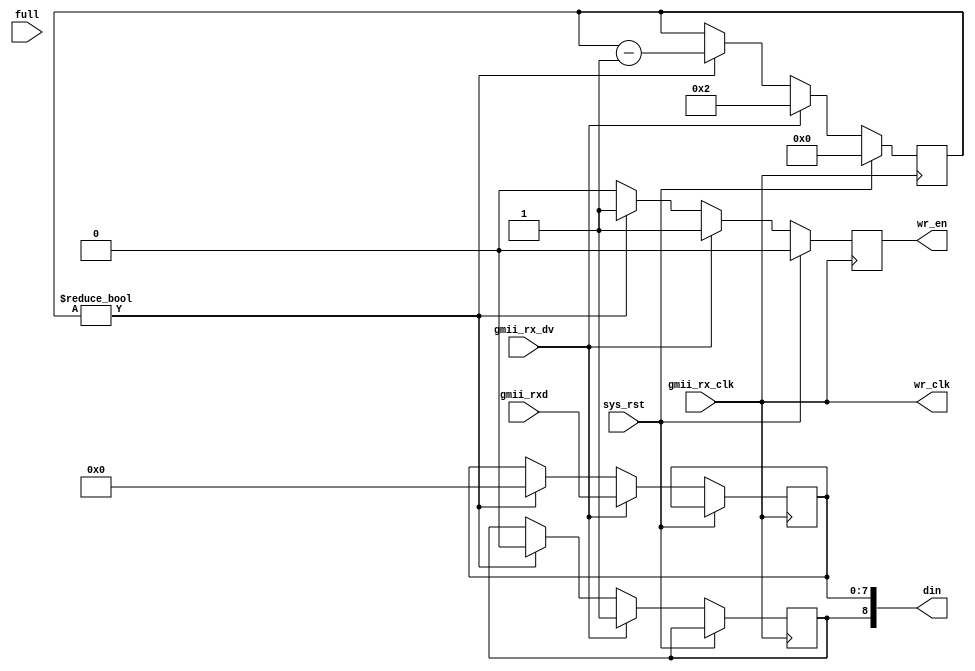
module gmii2fifo9 # (
	parameter Gap = 4'h2
) (
	input         sys_rst,
	input         gmii_rx_clk,
	input         gmii_rx_dv,
	input  [7:0]  gmii_rxd,
	// FIFO
	output [8:0]  din,
	input         full,
        output reg    wr_en,
	output        wr_clk
);

assign wr_clk = gmii_rx_clk;

parameter STATE_IDLE = 1'b0;
parameter STATE_DATA = 1'b1;

//-----------------------------------
// logic
//-----------------------------------
`ifndef DROP_SFD
reg [7:0] rxd = 8'h00;
reg rxc = 1'b0;
reg [3:0] gap_count = 4'h0;
always @(posedge gmii_rx_clk) begin
	if (sys_rst) begin
		gap_count <= 4'h0;
		wr_en <= 1'b0;
	end else begin
		wr_en <= 1'b0;
		if (gmii_rx_dv == 1'b1) begin
			gap_count <= Gap;
			rxd[7:0] <= gmii_rxd[7:0];
			rxc <= 1'b1;
			wr_en <= 1'b1;
		end else begin
			if (gap_count != 4'h0) begin
				rxd[7:0] <= 8'h0;
				rxc  <= 1'b0;
				wr_en <= 1'b1;
				gap_count <= gap_count - 4'h1;
			end
		end
	end
end
`else
reg [7:0] rxd = 8'h00;
reg rxc = 1'b0;
reg [3:0] gap_count = 4'h0;
reg [1:0] state;
always @(posedge gmii_rx_clk) begin
	if (sys_rst) begin
		state <= STATE_IDLE;
		gap_count <= 4'h0;
		wr_en <= 1'b0;
	end else begin
                wr_en <= 1'b0;
		if (gmii_rx_dv == 1'b1) begin
			case (state)
				STATE_IDLE: begin
					if (gmii_rxd[7:0] == 8'hd5)
						state <= STATE_DATA;
				end
				STATE_DATA: begin
					gap_count <= Gap;
					rxd[7:0] <= gmii_rxd[7:0];
					rxc <= 1'b1;
               			 	wr_en <= 1'b1;
				end
			endcase
		end else begin
			state <= STATE_IDLE;
			if (gap_count != 4'h0) begin
				rxd[7:0] <= 8'h0;
				rxc  <= 1'b0;
                		wr_en <= 1'b1;
				gap_count <= gap_count - 4'h1;
		end
		end
	end
end
`endif

assign din[8:0] = {rxc, rxd[7:0]};

endmodule